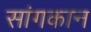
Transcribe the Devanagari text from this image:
सांगकान